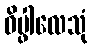
ဝိပ္ဖါလေသုံ